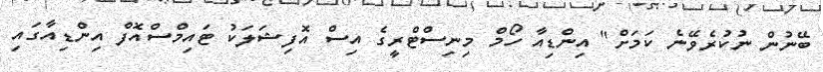
ބޭނުން ނުކުރެވޭނެ ކަމަށް" އިންޑިއާ ހޯމް މިނިސްޓްރީގެ އިސް އޮފިޝަލަކު ޓައިމްސްއޮފް އިންޑިއާގައި